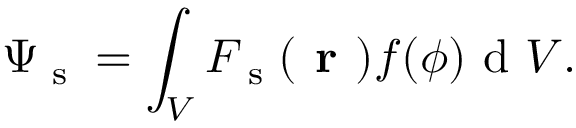
\Psi _ { \textrm { s } } = \int _ { V } { { \cal F } _ { \textrm { s } } ( \textbf { r } ) f ( \phi ) \textrm { d } V } .